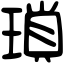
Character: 瑣